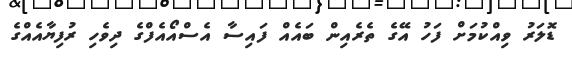
ޑޮލަރު ވިއްކުމަށް ފަހު އޭގެ ތެރެއިން ބައެއް ފައިސާ އެސްއޯއެފްގެ ދިވެހި ރުފިޔާއެއްގެ